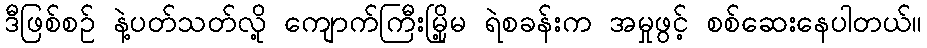
ဒီဖြစ်စဉ် နဲ့ပတ်သတ်လို့ ကျောက်ကြီးမြို့မ ရဲစခန်းက အမှုဖွင့် စစ်ဆေးနေပါတယ်။